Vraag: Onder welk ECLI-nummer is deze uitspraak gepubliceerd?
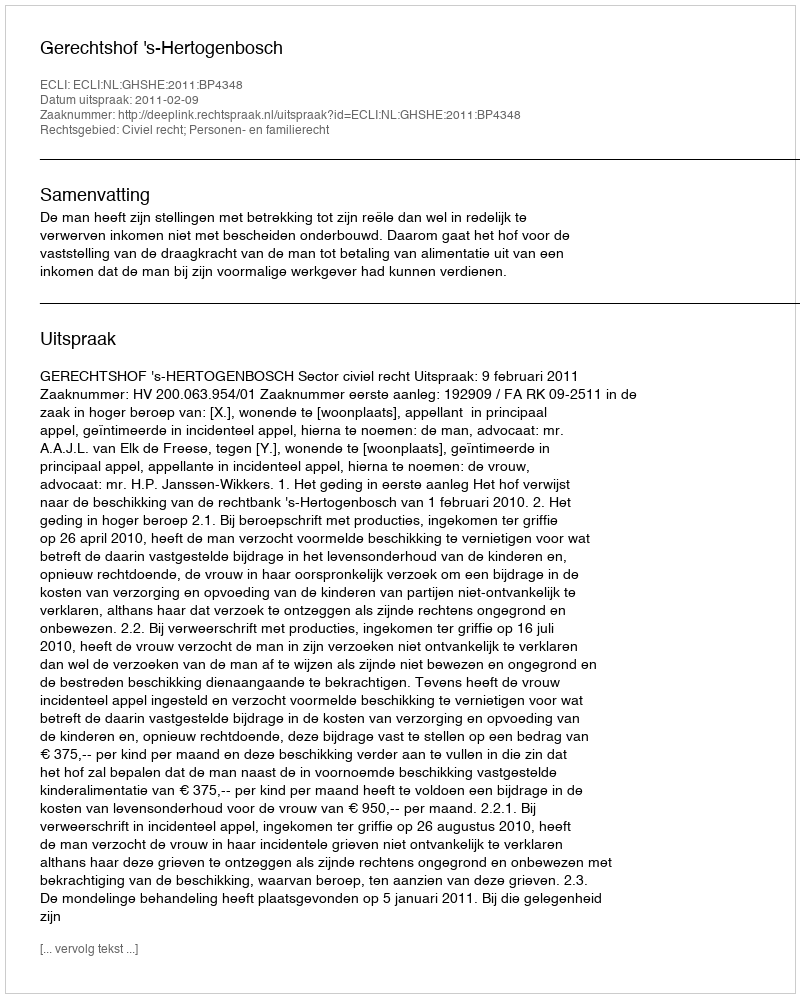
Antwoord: ECLI:NL:GHSHE:2011:BP4348